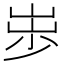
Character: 𱛪